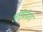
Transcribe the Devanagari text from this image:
आभिनेता